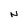
Character: N